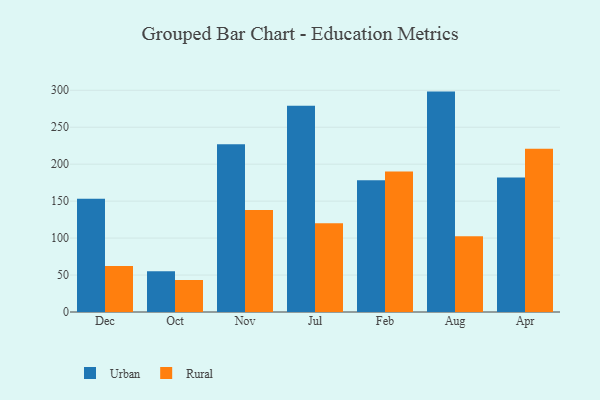
{"axis": {"x": "Month", "y": "Population (Million)"}, "legend": ["Rural", "Urban"], "data": [{"x": "Dec", "y": 153.2, "type": "Urban"}, {"x": "Dec", "y": 62.1, "type": "Rural"}, {"x": "Oct", "y": 55.2, "type": "Urban"}, {"x": "Oct", "y": 43.3, "type": "Rural"}, {"x": "Nov", "y": 227.0, "type": "Urban"}, {"x": "Nov", "y": 138.1, "type": "Rural"}, {"x": "Jul", "y": 279.1, "type": "Urban"}, {"x": "Jul", "y": 120.0, "type": "Rural"}, {"x": "Feb", "y": 178.1, "type": "Urban"}, {"x": "Feb", "y": 190.0, "type": "Rural"}, {"x": "Aug", "y": 298.2, "type": "Urban"}, {"x": "Aug", "y": 102.5, "type": "Rural"}, {"x": "Apr", "y": 182.1, "type": "Urban"}, {"x": "Apr", "y": 220.9, "type": "Rural"}]}